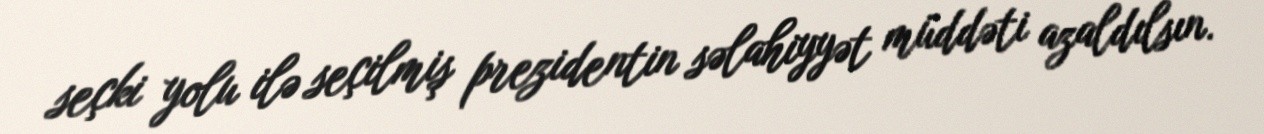
seçki yolu ilə seçilmiş prezidentin səlahiyyət müddəti azaldılsın.